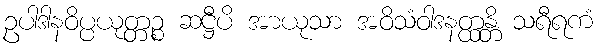
ဥပါဒါနဝိပ္ပယုတ္တဉ္စ ဆဋ္ဌီပိ အာယုသာ အဝိသံဝါဒနတ္ထန္တိ သရီရကံ